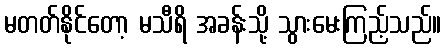
မတတ်နိုင်တော့ မသီရိ အခန်းသို့ သွားမေးကြည့်သည်။